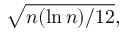
{ \sqrt { n ( \ln n ) / 1 2 } } ,